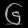
Digit: ၆